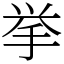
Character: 挙